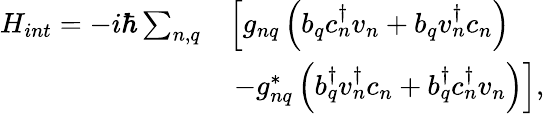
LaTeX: \begin{array}{rl}{H_{int}=-i\hbar\sum_{n,q}}&{\left[g_{nq}\left(b_{q}c_{n}^{\dagger}v_{n}+b_{q}v_{n}^{\dagger}c_{n}\right)\right.}\\ &{\left.\, -g_{nq}^{*}\left(b_{q}^{\dagger}v_{n}^{\dagger}c_{n}+b_{q}^{\dagger}c_{n}^{\dagger}v_{n}\right)\right],}\end{array}